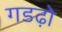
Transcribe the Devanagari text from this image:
गडढ़ो